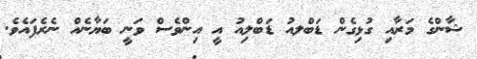
ޝާންގެ މަރާއި ގުޅިގެން ޑަބްލއު ޑަބްލިއު އީ އިންވެސް ވަނީ ބަޔާނެއް ނެރެފައެވެ.